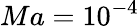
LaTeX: Ma=10^{-4}